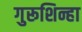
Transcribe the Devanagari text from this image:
गुरूशिन्हा